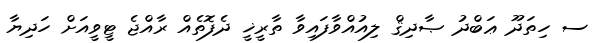
ސ ހިތަދޫ ޢަބްދު ޞާދިޤް ލިއުއްވާފައިވާ ތާރީޚީ ދެފޮތެއް ރާއްޖެ ޓީވީއަށް ހަދިޔާ